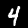
Label: 4